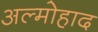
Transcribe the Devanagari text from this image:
अल्मोहाद